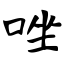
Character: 唑